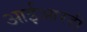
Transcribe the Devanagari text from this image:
आईआरडी